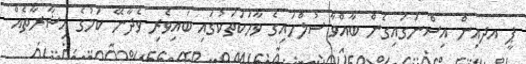
ޕީ އދއިން އިސްނަގައިގެން ބާއްވާ ސުލްހައިގެ ވާހަކަތަކުގައި ބައިވެރި ވެދާނޭ ކަމުގެ އިޝާރާތެއް